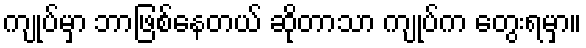
ကျုပ်မှာ ဘာဖြစ်နေတယ် ဆိုတာသာ ကျုပ်က တွေးရမှာ။